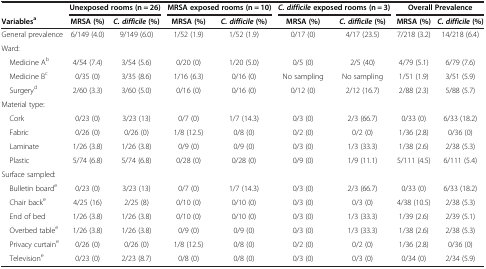
<table><thead><tr><td><b> </b></td><td colspan="2"><b>Unexposed rooms (n = 26)</b></td><td colspan="2"><b>MRSA exposed rooms (n = 10)</b></td><td colspan="2"><b><i>C. difficile </i>exposed rooms (n = 3)</b></td><td colspan="2"><b>Overall Prevalence</b></td></tr><tr><td><b>Variables<sup>a</sup></b></td><td><b>MRSA (%)</b></td><td><b><i>C. difficile </i>(%)</b></td><td><b>MRSA (%)</b></td><td><b><i>C. difficile </i>(%)</b></td><td><b>MRSA (%)</b></td><td><b><i>C. difficile </i>(%)</b></td><td><b>MRSA (%)</b></td><td><b><i>C. difficile </i>(%)</b></td></tr></thead><tbody><tr><td>General prevalence</td><td>6/149 (4.0)</td><td>9/149 (6.0)</td><td>1/52 (1.9)</td><td>1/52 (1.9)</td><td>0/17 (0)</td><td>4/17 (23.5)</td><td>7/218 (3.2)</td><td>14/218 (6.4)</td></tr><tr><td>Ward:</td><td> </td><td> </td><td> </td><td> </td><td> </td><td> </td><td> </td><td> </td></tr><tr><td> Medicine A<sup>b</sup></td><td>4/54 (7.4)</td><td>3/54 (5.6)</td><td>0/20 (0)</td><td>1/20 (5.0)</td><td>0/5 (0)</td><td>2/5 (40)</td><td>4/79 (5.1)</td><td>6/79 (7.6)</td></tr><tr><td> Medicine B<sup>c</sup></td><td>0/35 (0)</td><td>3/35 (8.6)</td><td>1/16 (6.3)</td><td>0/16 (0)</td><td>No sampling</td><td>No sampling</td><td>1/51 (1.9)</td><td>3/51 (5.9)</td></tr><tr><td> Surgery<sup>d</sup></td><td>2/60 (3.3)</td><td>3/60 (5.0)</td><td>0/16 (0)</td><td>0/16 (0)</td><td>0/12 (0)</td><td>2/12 (16.7)</td><td>2/88 (2.3)</td><td>5/88 (5.7)</td></tr><tr><td>Material type:</td><td> </td><td> </td><td> </td><td> </td><td> </td><td> </td><td> </td><td> </td></tr><tr><td> Cork</td><td>0/23 (0)</td><td>3/23 (13)</td><td>0/7 (0)</td><td>1/7 (14.3)</td><td>0/3 (0)</td><td>2/3 (66.7)</td><td>0/33 (0)</td><td>6/33 (18.2)</td></tr><tr><td> Fabric</td><td>0/26 (0)</td><td>0/26 (0)</td><td>1/8 (12.5)</td><td>0/8 (0)</td><td>0/2 (0)</td><td>0/2 (0)</td><td>1/36 (2.8)</td><td>0/36 (0)</td></tr><tr><td> Laminate</td><td>1/26 (3.8)</td><td>1/26 (3.8)</td><td>0/9 (0)</td><td>0/9 (0)</td><td>0/3 (0)</td><td>1/3 (33.3)</td><td>1/38 (2.6)</td><td>2/38 (5.3)</td></tr><tr><td> Plastic</td><td>5/74 (6.8)</td><td>5/74 (6.8)</td><td>0/28 (0)</td><td>0/28 (0)</td><td>0/9 (0)</td><td>1/9 (11.1)</td><td>5/111 (4.5)</td><td>6/111 (5.4)</td></tr><tr><td>Surface sampled:</td><td> </td><td> </td><td> </td><td> </td><td> </td><td> </td><td> </td><td> </td></tr><tr><td> Bulletin board<sup>e</sup></td><td>0/23 (0)</td><td>3/23 (13)</td><td>0/7 (0)</td><td>1/7 (14.3)</td><td>0/3 (0)</td><td>2/3 (66.7)</td><td>0/33 (0)</td><td>6/33 (18.2)</td></tr><tr><td> Chair back<sup>e</sup></td><td>4/25 (16)</td><td>2/25 (8)</td><td>0/10 (0)</td><td>0/10 (0)</td><td>0/3 (0)</td><td>0/3 (0)</td><td>4/38 (10.5)</td><td>2/38 (5.3)</td></tr><tr><td> End of bed</td><td>1/26 (3.8)</td><td>1/26 (3.8)</td><td>0/10 (0)</td><td>0/10 (0)</td><td>0/3 (0)</td><td>1/3 (33.3)</td><td>1/39 (2.6)</td><td>2/39 (5.1)</td></tr><tr><td> Overbed table<sup>e</sup></td><td>1/26 (3.8)</td><td>1/26 (3.8)</td><td>0/9 (0)</td><td>0/9 (0)</td><td>0/3 (0)</td><td>1/3 (33.3)</td><td>1/38 (2.6)</td><td>2/38 (5.3)</td></tr><tr><td> Privacy curtain<sup>e</sup></td><td>0/26 (0)</td><td>0/26 (0)</td><td>1/8 (12.5)</td><td>0/8 (0)</td><td>0/2 (0)</td><td>0/2 (0)</td><td>1/36 (2.8)</td><td>0/36 (0)</td></tr><tr><td> Television<sup>e</sup></td><td>0/23 (0)</td><td>2/23 (8.7)</td><td>0/8 (0)</td><td>0/8 (0)</td><td>0/3 (0)</td><td>0/3 (0)</td><td>0/34 (0)</td><td>2/34 (5.9)</td></tr></tbody></table>